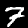
Digit: 7